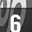
Digit: 6